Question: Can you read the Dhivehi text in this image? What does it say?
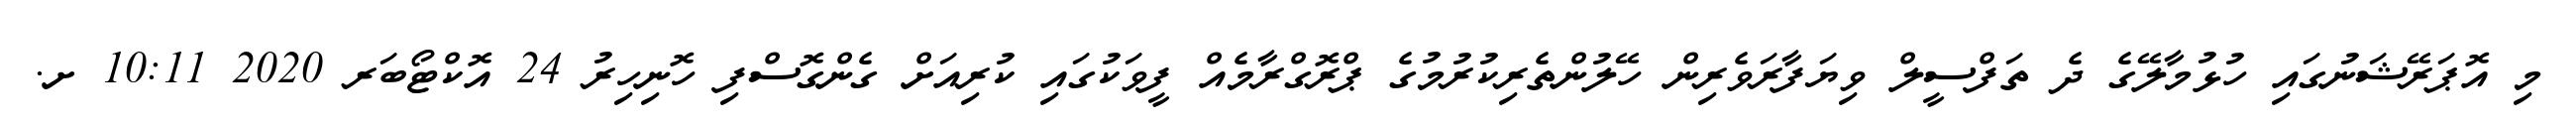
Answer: މި އޮޕަރޭޝަނުގައި ހުޅުމާލޭގެ ދެ ތަފްސީލް ވިޔަފާރަވެރިން ހޭލުންތެރިކުރުމުގެ ޕްރޮގްރާމެއް ފީވަކުގައި ކުރިއަށް ގެންގޮސްފި ހޮނިހިރު 24 އޮކްޓޯބަރ 2020 10:11 ށ.